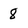
Character: 8